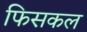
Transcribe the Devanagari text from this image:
फिसकल